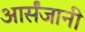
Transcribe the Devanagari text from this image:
आर्संजानी